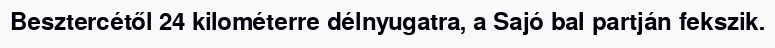
Besztercétől 24 kilométerre délnyugatra, a Sajó bal partján fekszik.